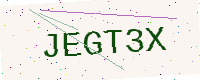
Text: JEGT3X